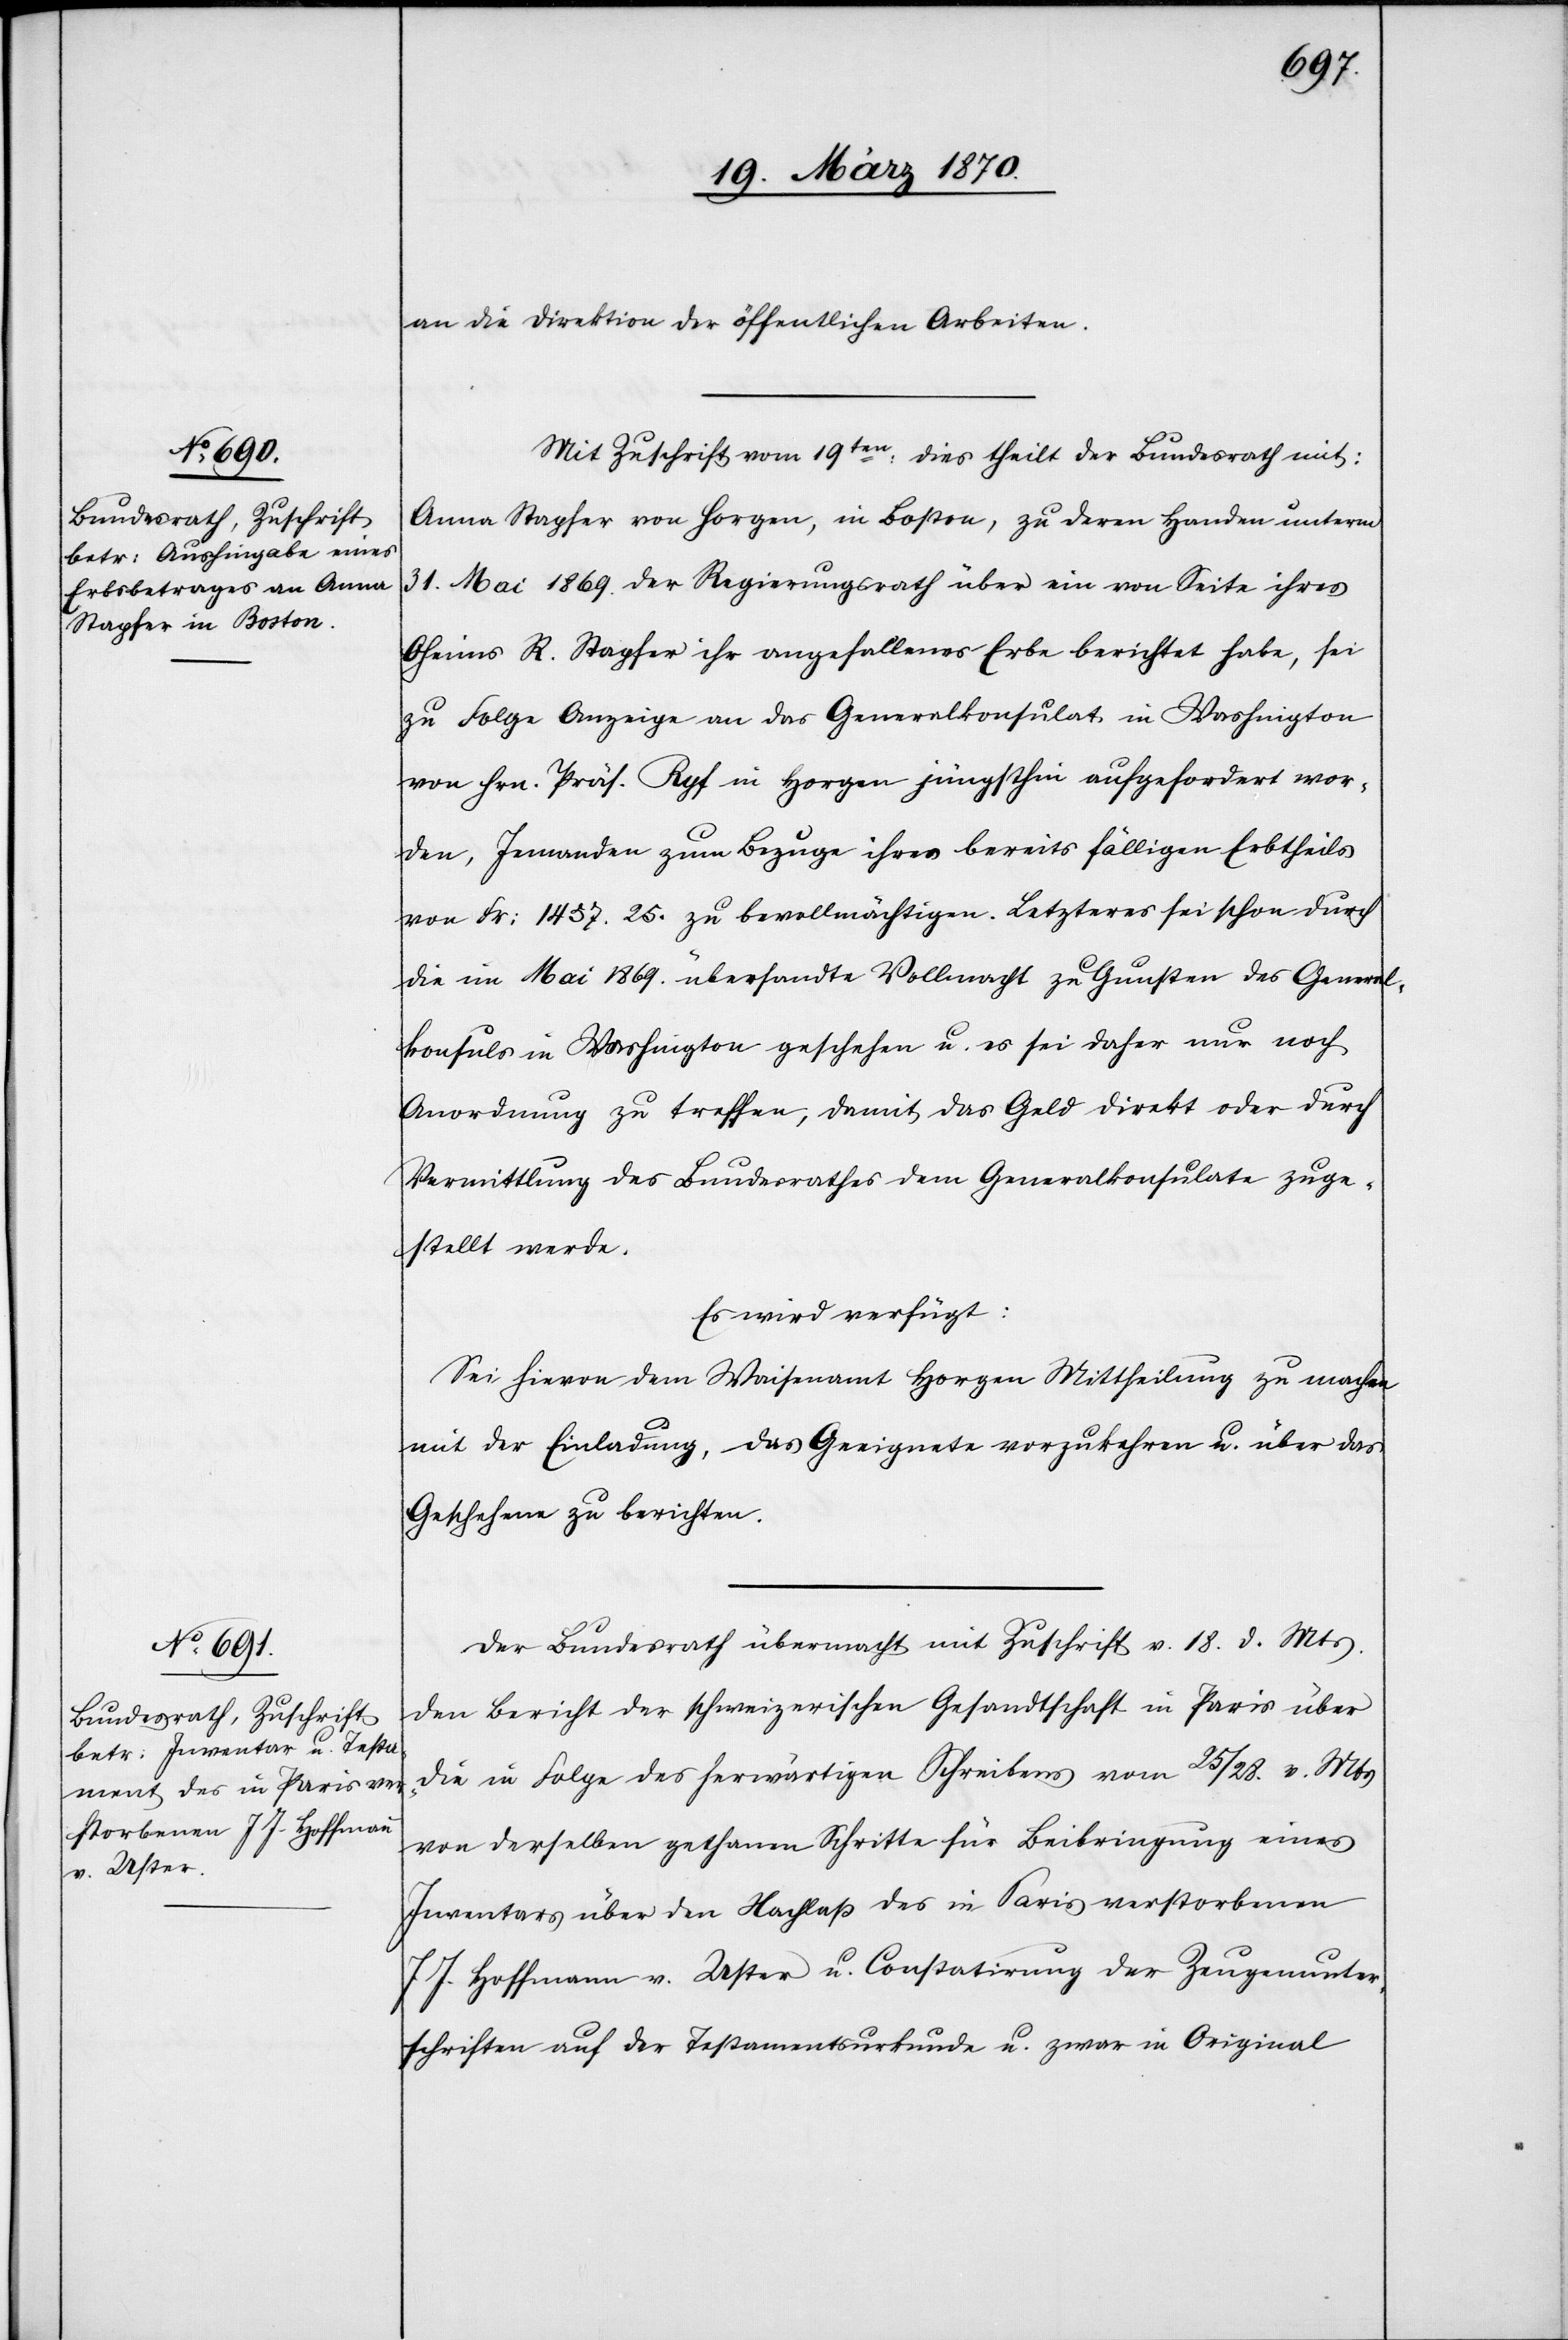
21. März 1870.]
an die Direktion der öffentlichen Arbeiten.
Mit Zuschrift vom 19ten: dies theilt der Bundesrath mit:
Anna Stapfer von Horgen, in Boston, zu deren Handen unterm
31. Mai 1869. der Regierungsrath über ein von Seite ihres
Oheims R. Stapfer ihr angefallenes Erbe berichtet habe, sei
zu Folge Anzeige an das Generalkonsulat in Washington
von Hrn. Präs. Ryf in Horgen jüngsthin aufgefordert wor¬
den, Jemanden zum Bezuge ihres bereits fälligen Erbtheils
von Fr: 1457.25. zu bevollmächtigen. Letzteres sei schon durch
die im Mai 1869. übersandte Vollmacht zu Gunsten des General¬
konsuls in Washington geschehen u. es sei daher nur noch
Anordnung zu treffen, damit das Geld direkt oder durch
Vermittlung des Bundesrathes dem Generalkonsulate zuge¬
stellt werde.
Es wird verfügt:
Sei hievon dem Waisenamt Horgen Mittheilung zu machen
mit der Einladung, das Geeignete vorzukehren u. über das
Geschehene zu berichten.
Der Bundesrath übermacht mit Zuschrift v. 18. d. Mts.
den Bericht der schweizerischen Gesandtschaft in Paris über
die in Folge des herwärtigen Schreibens vom 25/28. v. Mts
von derselben gethanen Schritte für Beibringung eines
Inventars über den Nachlaß des in Paris verstorbenen
J J. Hoffmann v. Uster u. Constatirung der Zeugenunter¬
schriften auf der Testamentsurkunde u. zwar in Original